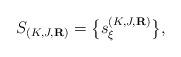
LaTeX: \begin{align*} {S}_{(K,J,\mathbf{R})} = \bigl\{ s_{\xi}^{(K,J,\mathbf{R})} \bigr\},\end{align*}